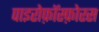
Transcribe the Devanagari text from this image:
पाइरोफ़ॉस्फ़ोरस